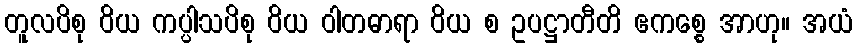
တူလပိစု ဝိယ ကပ္ပါသပိစု ဝိယ ဝါတဓာရာ ဝိယ စ ဥပဋ္ဌာတီတိ ဧကစ္စေ အာဟု။ အယံ